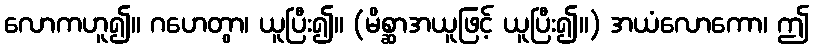
လောကဟူ၍။ ဂဟေတွာ၊ ယူပြီး၍။ (မိစ္ဆာအယူဖြင့် ယူပြီး၍။) အယံလောကော၊ ဤ